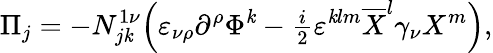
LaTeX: \Pi_{j}=-N_{j\mathit{k}}^{1\nu}\Bigl(\varepsilon_{\nu\rho}\partial^{\rho}\Phi^{\mathit{k}}-{\textstyle\frac{i}{2}}\varepsilon^{\mathit{k}lm}\overline{{{{X}}}}^{l}\gamma_{\nu}X^{m}\Bigr),